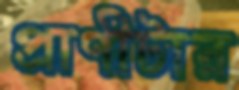
প্রাণীটার